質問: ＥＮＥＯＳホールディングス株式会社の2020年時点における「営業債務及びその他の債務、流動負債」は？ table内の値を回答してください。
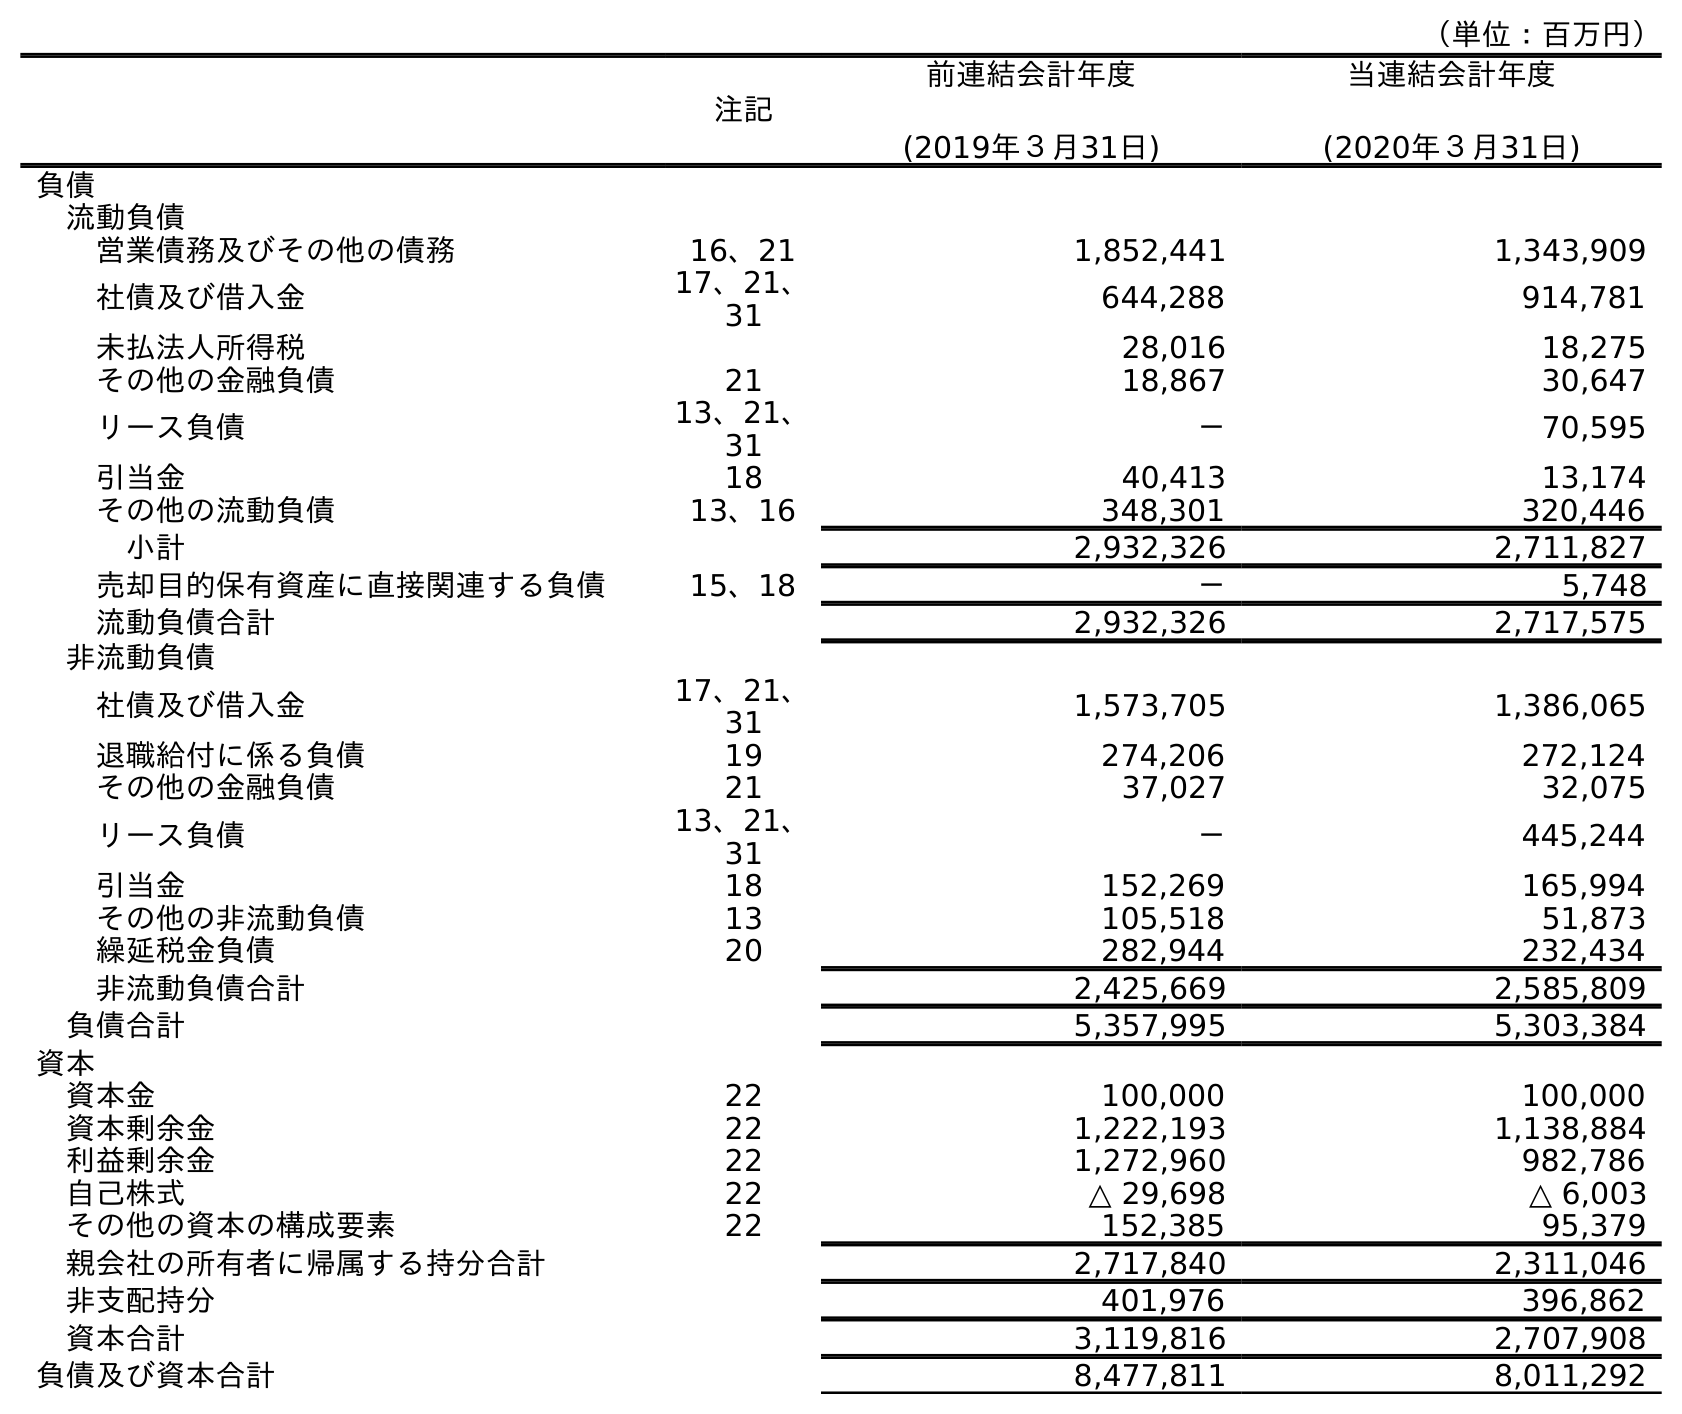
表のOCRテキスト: （単位：百万円） 注記 前連結会計年度 (2019年３月31日) 当連結会計年度 (2020年３月31日) 負債 流動負債 営業債務及びその他の債務 16、21 1,852,441 1,343,909 社債及び借入金 17、21、 31 644,288 914,781 未払法人所得税 28,016 18,275 その他の金融負債 21 18,867 30,647 リース負債 13、21、 31 － 70,595 引当金 18 40,413 13,174 その他の流動負債 13、16 348,301 320,446 小計 2,932,326 2,711,827 売却目的保有資産に直接関連する負債 15、18 － 5,748 流動負債合計 2,932,326 2,717,575 非流動負債 社債及び借入金 17、21、 31 1,573,705 1,386,065 退職給付に係る負債 19 274,206 272,124 その他の金融負債 21 37,027 32,075 リース負債 13、21、 31 － 445,244 引当金 18 152,269 165,994 その他の非流動負債 13 105,518 51,873 繰延税金負債 20 282,944 232,434 非流動負債合計 2,425,669 2,585,809 負債合計 5,357,995 5,303,384 資本 資本金 22 100,000 100,000 資本剰余金 22 1,222,193 1,138,884 利益剰余金 22 1,272,960 982,786 自己株式 22 △ 29,698 △ 6,003 その他の資本の構成要素 22 152,385 95,379 親会社の所有者に帰属する持分合計 2,717,840 2,311,046 非支配持分 401,976 396,862 資本合計 3,119,816 2,707,908 負債及び資本合計 8,477,811 8,011,292
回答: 1,343,909